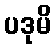
ပဒုမိ